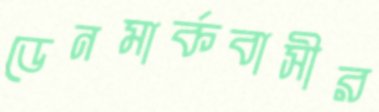
ডেনমার্কবাসীর